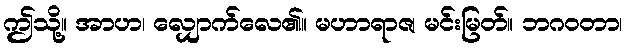
ဤသို့။ အာဟ၊ လျှောက်လေ၏။ မဟာရာဇ၊ မင်းမြတ်။ ဘဂဝတာ၊